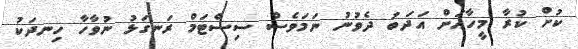
ކުށް ކުރާ މީހާއަށް އަދަބު ދެވުނު ނަމަވެސް ސިސްޓަމް ރަނގަޅު ނުވާހާ ހިނދަކު